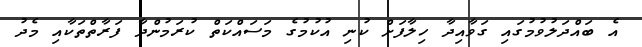
އެ ބައްދަލުވުމުގައި ގަވާއިދާ ހިލާފަށް ކުނި އުކުމުގެ މަސައްކަތް ކުރަމުންދާ ފަރާތްތަކާއި މެދު